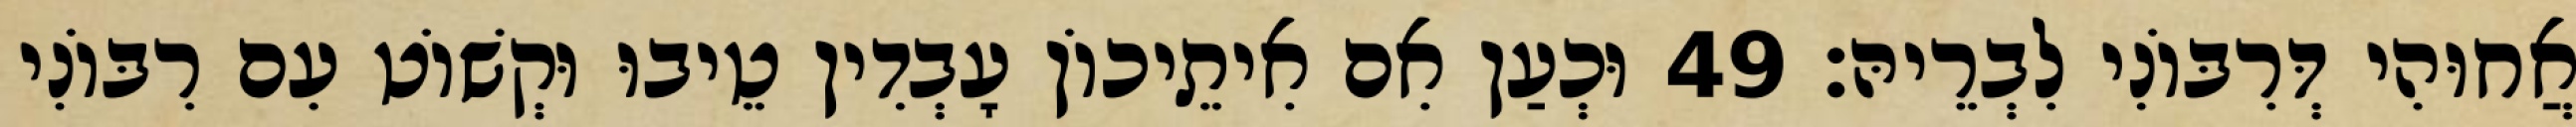
אֲחוּהִי דְּרִבּוֹנִי לִבְרֵיהּ׃ 49 וּכְעַן אִם אִיתֵיכוֹן עָבְדִין טֵיבוּ וּקְשׁוֹט עִם רִבּוֹנִי